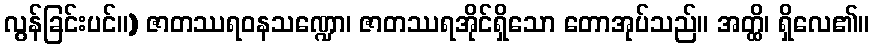
လွန်ခြင်းပင်။) ဇာတဿရဝနသဏ္ဍော၊ ဇာတဿရအိုင်ရှိသော တောအုပ်သည်။ အတ္ထိ၊ ရှိလေ၏။